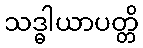
သဒ္ဓါယာပတ္တိ